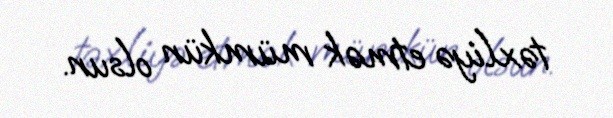
təxliyə etmək mümkün olsun.